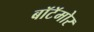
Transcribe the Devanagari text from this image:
बॉटॅमोर